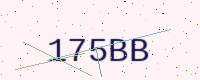
Text: 175BB